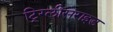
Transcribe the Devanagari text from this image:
ट्रिग्लीसेराइड